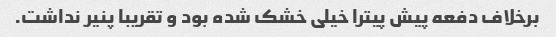
برخلاف دفعه پیش پیترا خیلی خشک شده بود و تقریبا پنیر نداشت.